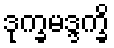
ဒုက္ခမဒ္ဒက္ခိ